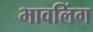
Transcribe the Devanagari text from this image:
भावलिंग